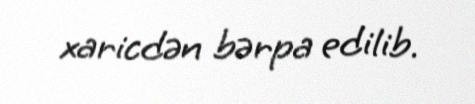
xaricdən bərpa edilib.